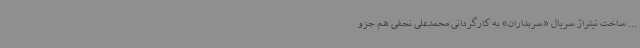
... ساخت تیتراژ سریال «سربداران» به کارگردانی محمدعلی نجفی هم جزو